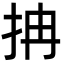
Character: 抩